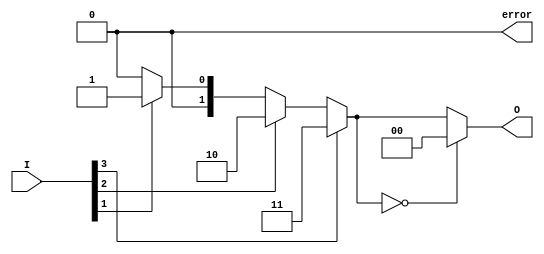
module one_of_n_encoder #(
    parameter N = 4 // Number of inputs, can be changed as needed
) (
    input wire [N-1:0] I, // N input lines
    output reg [$clog2(N)-1:0] O, // log2(N) output lines
    output reg error // Error flag
);

    integer i;

    always @(*) begin
        // Default values
        O = {($clog2(N)){1'b0}}; // Default output to zero
        error = 1'b0; // Default error to false
        
        // Check for active inputs
        for (i = 0; i < N; i = i + 1) begin
            if (I[i]) begin
                O = i[$clog2(N)-1:0]; // Set output to the index of the active input
                // If an active input is found, check for error condition
                if (error) begin
                    // If already an active input was found, mark error
                    error = 1'b1; // More than one input is high
                end else begin
                    error = 1'b0; // Set error to false
                end
            end
        end
        
        // If no input is active, set error flag
        if (error == 1'b0 && O == {($clog2(N)){1'b0}}) begin
            O = {($clog2(N)){1'b0}}; // No inputs active
        end
    end

endmodule